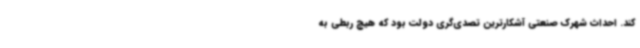
کند. احداث شهرک صنعتی آشکارترین تصدی‌گری دولت بود که هیچ ربطی به